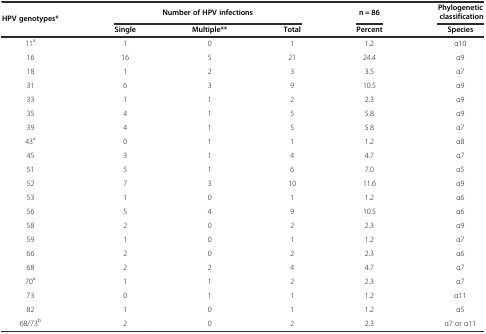
<table><thead><tr><td rowspan="2"><b>HPV genotypes*</b></td><td colspan="3"><b>Number of HPV infections</b></td><td><b>n = 86</b></td><td><b>Phylogenetic classification</b></td></tr><tr><td><b>Single</b></td><td><b>Multiple**</b></td><td><b>Total</b></td><td><b>Percent</b></td><td><b>Species</b></td></tr></thead><tbody><tr><td>11<sup>a</sup></td><td>1</td><td>0</td><td>1</td><td>1.2</td><td>α10</td></tr><tr><td>16</td><td>16</td><td>5</td><td>21</td><td>24.4</td><td>α9</td></tr><tr><td>18</td><td>1</td><td>2</td><td>3</td><td>3.5</td><td>α7</td></tr><tr><td>31</td><td>6</td><td>3</td><td>9</td><td>10.5</td><td>α9</td></tr><tr><td>33</td><td>1</td><td>1</td><td>2</td><td>2.3</td><td>α9</td></tr><tr><td>35</td><td>4</td><td>1</td><td>5</td><td>5.8</td><td>α9</td></tr><tr><td>39</td><td>4</td><td>1</td><td>5</td><td>5.8</td><td>α7</td></tr><tr><td>43<sup>a</sup></td><td>0</td><td>1</td><td>1</td><td>1.2</td><td>α8</td></tr><tr><td>45</td><td>3</td><td>1</td><td>4</td><td>4.7</td><td>α7</td></tr><tr><td>51</td><td>5</td><td>1</td><td>6</td><td>7.0</td><td>α5</td></tr><tr><td>52</td><td>7</td><td>3</td><td>10</td><td>11.6</td><td>α9</td></tr><tr><td>53</td><td>1</td><td>0</td><td>1</td><td>1.2</td><td>α6</td></tr><tr><td>56</td><td>5</td><td>4</td><td>9</td><td>10.5</td><td>α6</td></tr><tr><td>58</td><td>2</td><td>0</td><td>2</td><td>2.3</td><td>α9</td></tr><tr><td>59</td><td>1</td><td>0</td><td>1</td><td>1.2</td><td>α7</td></tr><tr><td>66</td><td>2</td><td>0</td><td>2</td><td>2.3</td><td>α6</td></tr><tr><td>68</td><td>2</td><td>2</td><td>4</td><td>4.7</td><td>α7</td></tr><tr><td>70<sup>a</sup></td><td>1</td><td>1</td><td>2</td><td>2.3</td><td>α7</td></tr><tr><td>73</td><td>0</td><td>1</td><td>1</td><td>1.2</td><td>α11</td></tr><tr><td>82</td><td>1</td><td>0</td><td>1</td><td>1.2</td><td>α5</td></tr><tr><td>68/73<sup>b</sup></td><td>2</td><td>0</td><td>2</td><td>2.3</td><td>α7 or α11</td></tr></tbody></table>